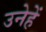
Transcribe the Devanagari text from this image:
उनेहें